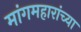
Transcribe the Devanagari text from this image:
मांगमहारांच्या